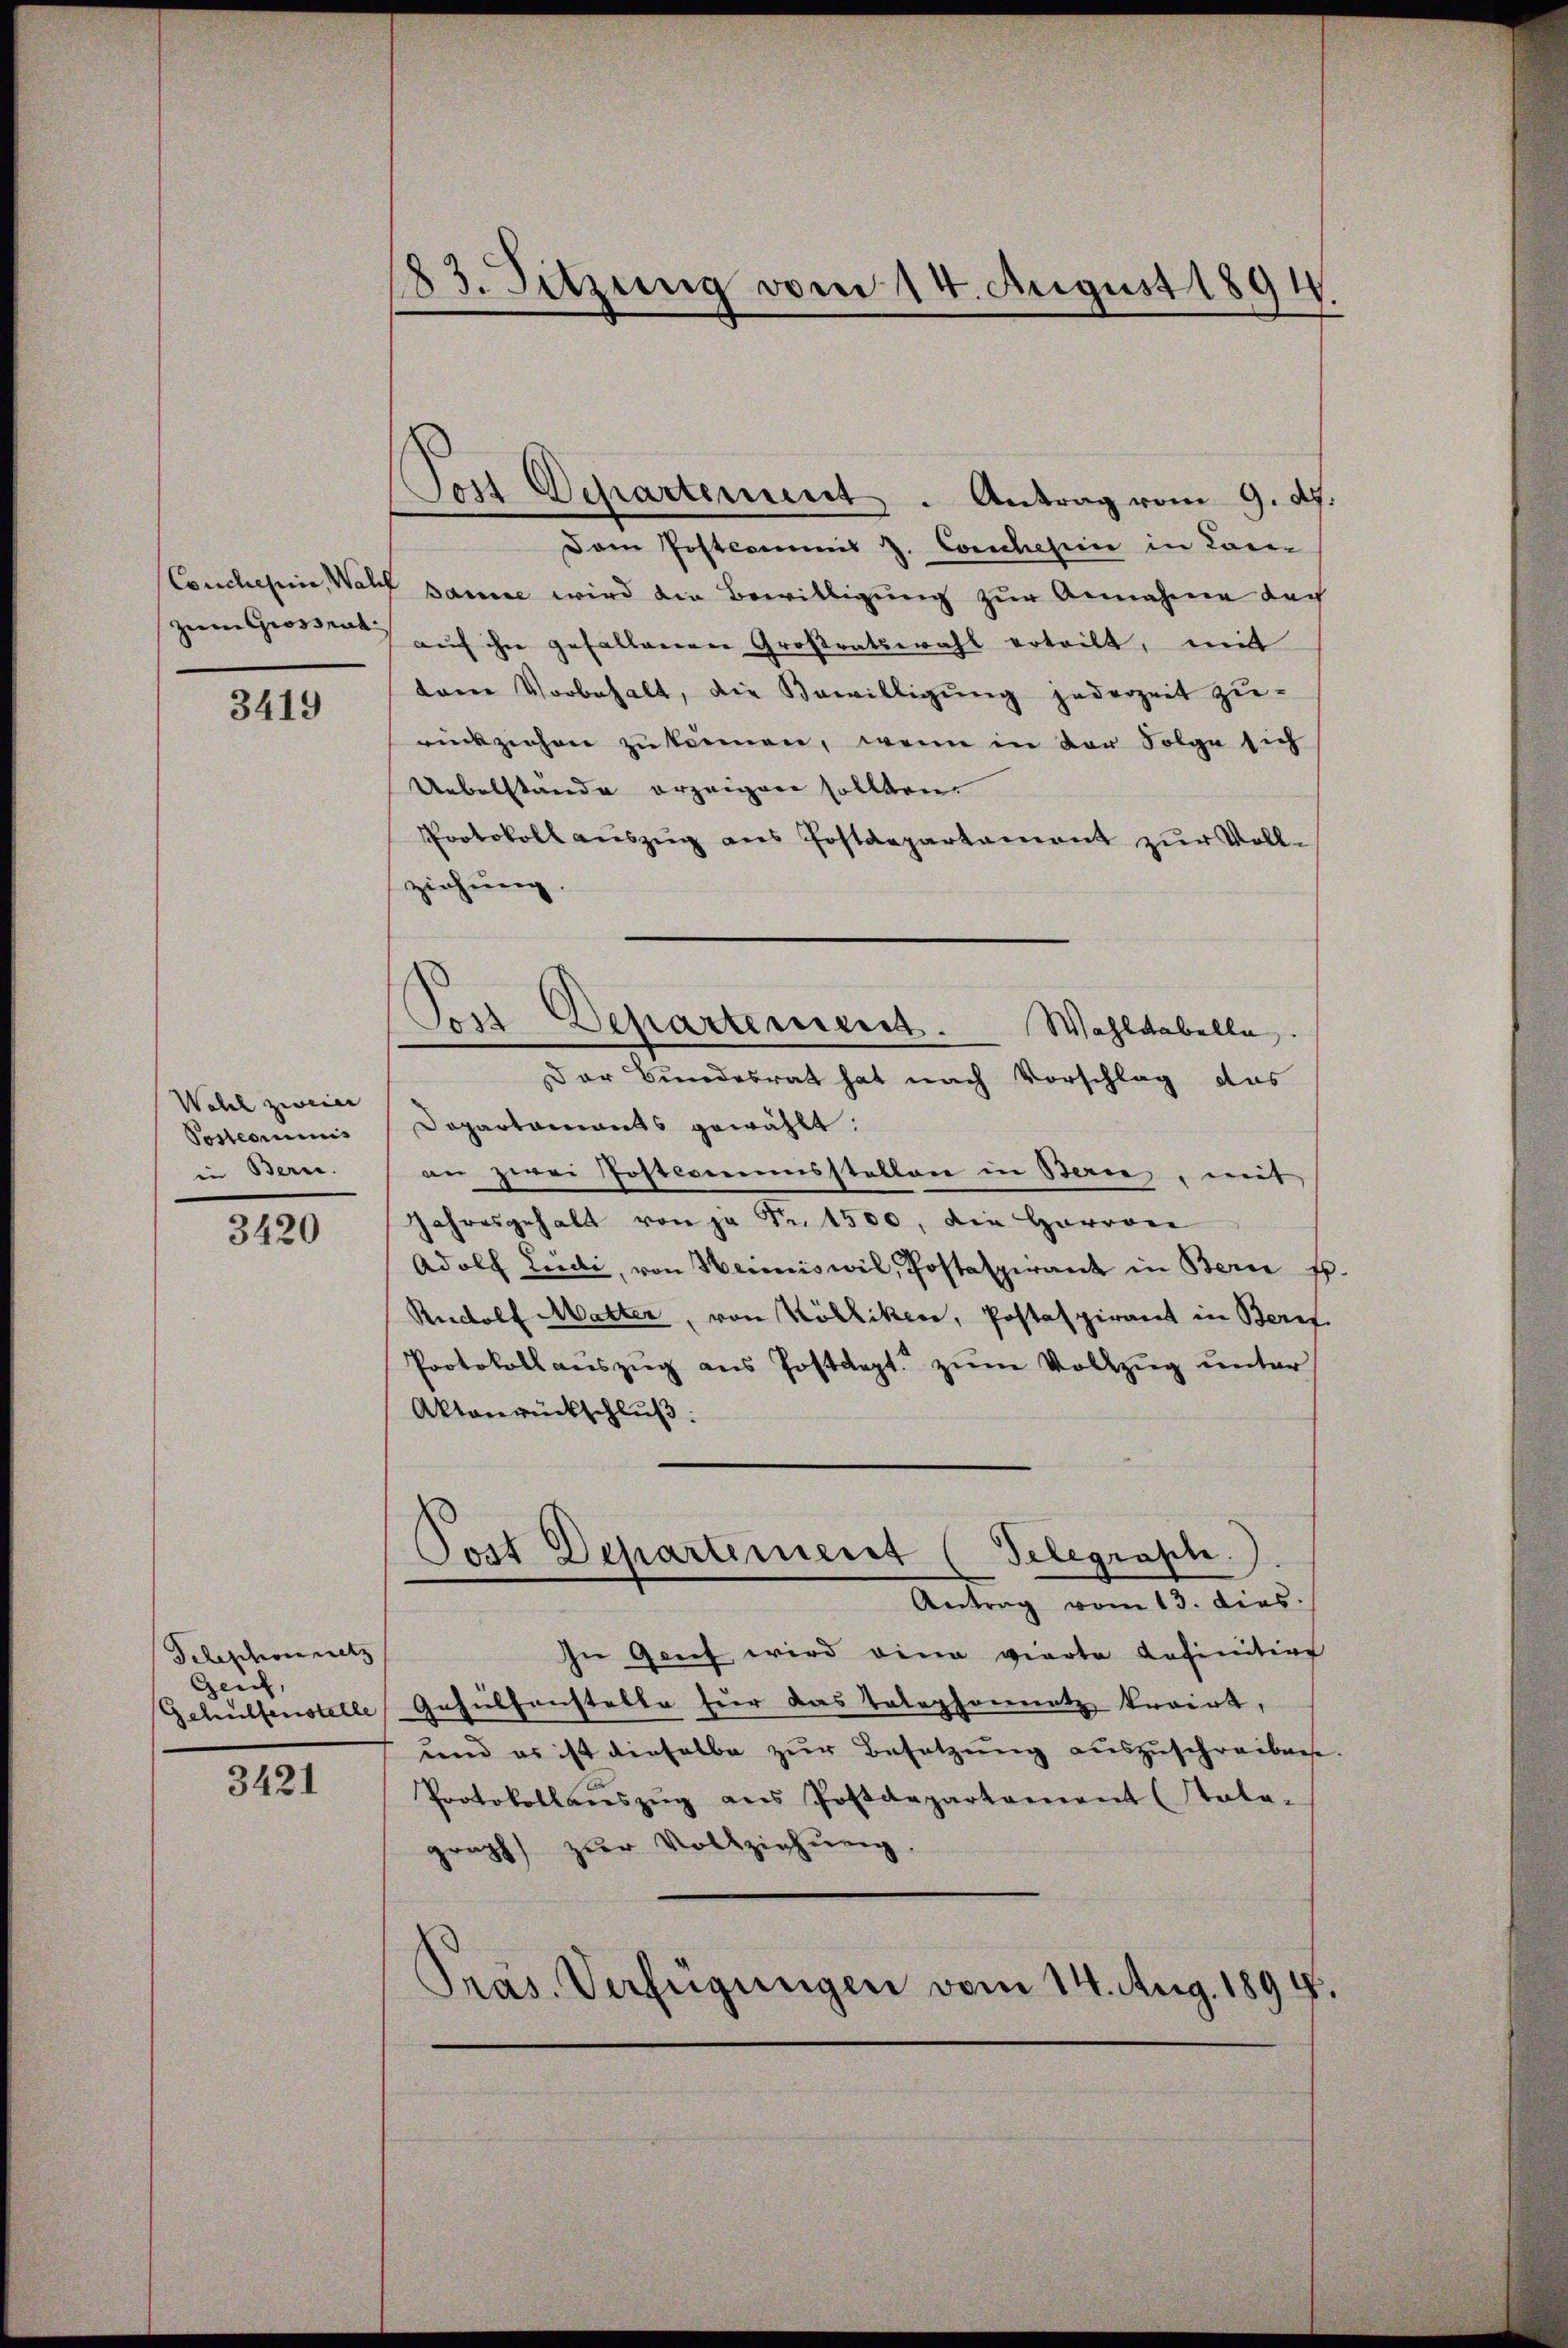
3419

Wahl zweie
Postcommis
in Bern.

3420

Telephonnetz
Genf,
Gehülfenstelle

3421

183. Sitzung vom 14. August 1894.

Tost Departement . Antrag vom 9. d.
Dem Postcommis J. Conclesii in Com
Conclusum, Wald samme wird die Bewilligung zur Annahme dach
zum Grossen aŭf ihn gefallenen Großratswahl ertritt, mit
dem Vorbehalt, die Bewilligŭng jederzeit zu-
rückziehen zu können, wenn in der Folge sich
Uebelstände erzeigen sollten.
Protokoll aŭszŭg ans Postdepartament zur Voll-
ziehung
Der Bundesrat hat nach Vorschlag das
Dapartaments gewählt:
an zwei Josteamensstellen in Bern, mit
Jahresgehalt von ja Fr. 1500, die Harron
Adolf Leidi, von Heimiswil, Postaspirant in Bern p.
Rudolf Matter, von Kölliken, Postaspirant in Beruf
Protokoll aŭszŭg ans Postdept. zŭm Vollzŭg ŭnter
Aktanrückschluß:
Post Departement (Telegraph.
Antrag vom 13. dies
In Genf wird eine vierte Definition
Gehülfenstelle für das Telephonnetz kroirt,
und es ist dieselbe zur Besetzung auszuschreiben.
Protokollaŭszŭg ans Postdepartement (tata-
graph zur Vollziehung
Pras. Verfügungen vom 14. Aug. 1894.

Zus Departement. Wahlkabelle.